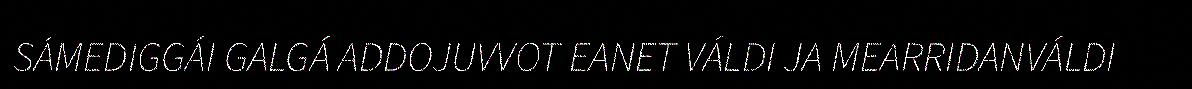
SÁMEDIGGÁI GALGÁ ADDOJUVVOT EANET VÁLDI JA MEARRIDANVÁLDI